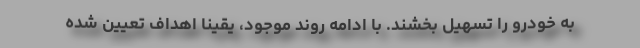
به خودرو را تسهیل بخشند. با ادامه روند موجود، یقینا اهداف تعیین شده